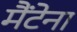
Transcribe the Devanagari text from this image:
मैंटेना